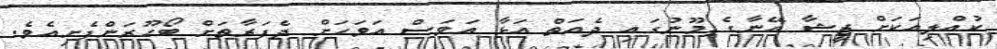
ކުއްލިއަކަށް ޒީޝާ އޭނާގެ މޫނުގައި ދެއަތް އަޅާ އަވަސް އަވަހަށް ދެފަރާތަށް ބޯހޫރަންފެށިއެވެ.